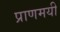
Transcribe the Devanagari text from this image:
प्राणमयी